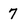
Character: 7